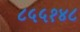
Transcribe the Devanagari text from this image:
८५५१४८